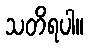
သတိရပါ။